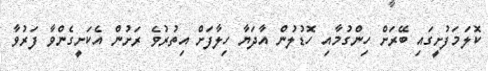
ކޮލަމަފުށީގައި ބޭރަށް ހިންގުމާއި ހޮޑުލުން އާދަޔާ ހިލާފަށް އިތުރުވެ ރަށުން އެކަށީގެންވާ ފަރުވާ